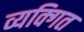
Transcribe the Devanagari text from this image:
व्यक्गित